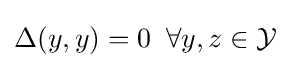
\Delta (y,y)=0\;\;\forall y,z\in {\mathcal {Y}}